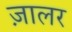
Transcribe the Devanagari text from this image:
ज़ालर